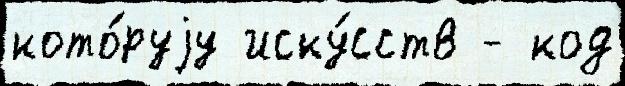
кото́руjу иску́сств - код